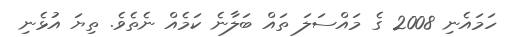
ހަމައެނި 2008 ގެ މައްސަލަ ތައް ބަލާނެ ކަމެއް ނެތެވެ. ތިޔަ އުޅެނި